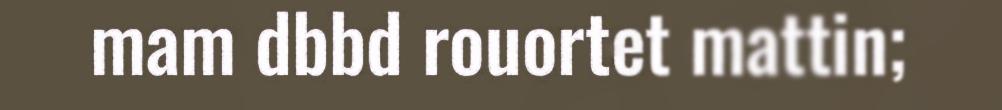
mam dbbd rouortet mattin;